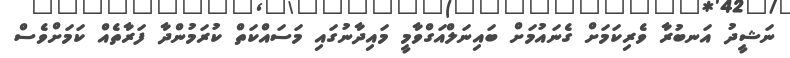
ނަޝީދު އަނބުރާ ވެރިކަމަށް ގެނައުމަށް ބައިނަލްއަގްވާމީ މައިދާނުގައި މަސައްކަތް ކުރަމުންދާ ފަރާތެއް ކަމަށްވެސް